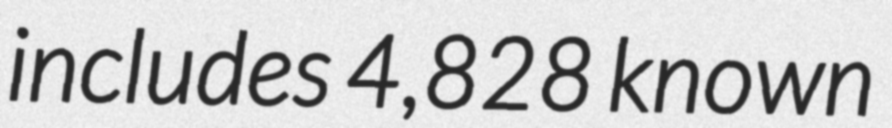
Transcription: includes 4,828 known